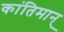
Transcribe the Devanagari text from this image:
कांतिमान्‌